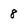
Character: 8